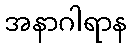
အနာဂါရာန